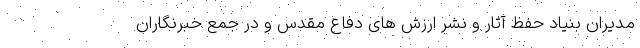
مدیران بنیاد حفظ آثار و نشر ارزش های دفاع مقدس و در جمع خبرنگاران